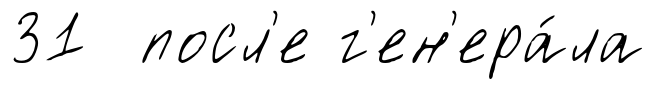
31 посл'е г'ен'ера́ла